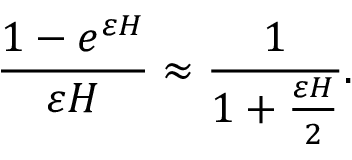
\frac { 1 - e ^ { \varepsilon H } } { \varepsilon H } \approx \frac { 1 } { 1 + \frac { \varepsilon H } { 2 } } .